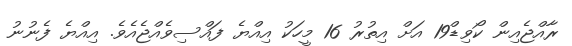
ރާއްޖެއިން ކޯވިޑް19 އަށް އިތުރު 16 މީހަކު އިއްޔެ ފައްސިވެއްޖެއެވެ. އިއްޔެ ފެނުނު